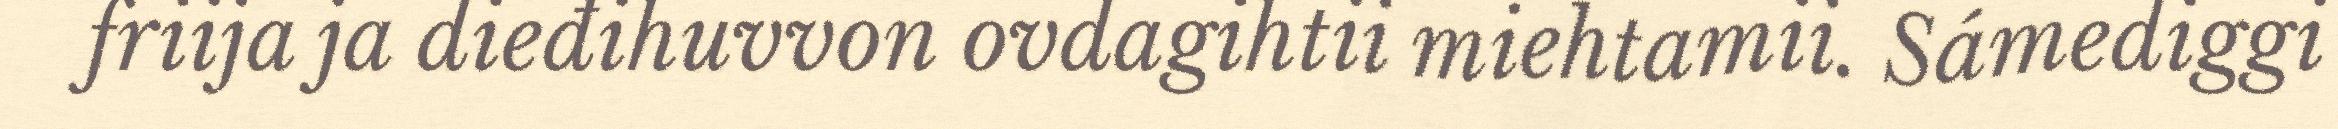
friija ja dieđihuvvon ovdagihtii miehtamii. Sámediggi